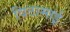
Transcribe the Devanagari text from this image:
विठामाई